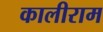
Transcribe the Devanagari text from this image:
कालीराम